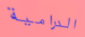
الدرامية